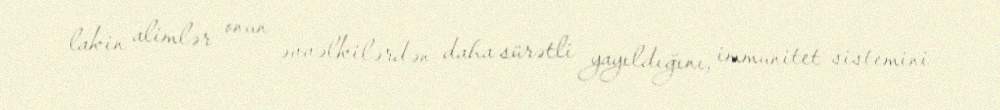
lakin alimlər onun əvvəlkilərdən daha sürətli yayıldığını, immunitet sistemini